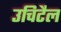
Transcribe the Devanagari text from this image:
उचिटैल